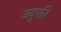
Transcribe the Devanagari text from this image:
जदुपति